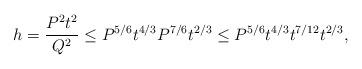
LaTeX: \begin{align*}h = \frac{P^2 t^2}{Q^2} \leq P^{5/6} t^{4/3} P^{7/6} t^{2/3} \leq P^{5/6} t^{4/3} t^{7/12} t^{2/3},\end{align*}